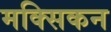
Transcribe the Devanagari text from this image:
मक्सिकन